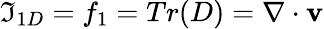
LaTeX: \mathfrak{I}_{1D}=f_{1}=Tr(D)={\mathbf{\nabla}}\cdot{\mathbf{v}}